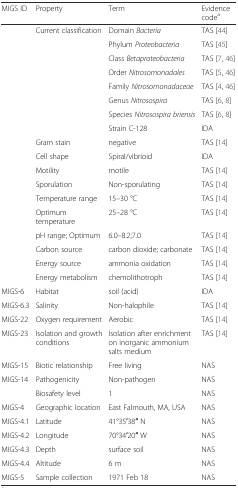
<table><thead><tr><td><b>MIGS ID</b></td><td><b>Property</b></td><td><b>Term</b></td><td><b>Evidence code<sup>a</sup></b></td></tr></thead><tbody><tr><td></td><td rowspan="8">Current classification</td><td>Domain <i>Bacteria</i></td><td>TAS [44]</td></tr><tr><td></td><td>Phylum <i>Proteobacteria</i></td><td>TAS [45]</td></tr><tr><td></td><td>Class <i>Betaproteobacteria</i></td><td>TAS [7, 46]</td></tr><tr><td></td><td>Order <i>Nitrosomonadales</i></td><td>TAS [5, 46]</td></tr><tr><td></td><td>Family <i>Nitrosomonadaceae</i></td><td>TAS [4, 46]</td></tr><tr><td></td><td>Genus <i>Nitrosospira</i></td><td>TAS [6, 8]</td></tr><tr><td></td><td>Species <i>Nitrosospira briensis</i></td><td>TAS [6, 8]</td></tr><tr><td></td><td>Strain C-128</td><td>IDA</td></tr><tr><td></td><td>Gram stain</td><td>negative</td><td>TAS [14]</td></tr><tr><td></td><td>Cell shape</td><td>Spiral/vibrioid</td><td>IDA</td></tr><tr><td></td><td>Motility</td><td>motile</td><td>TAS [14]</td></tr><tr><td></td><td>Sporulation</td><td>Non-sporulating</td><td>TAS [14]</td></tr><tr><td></td><td>Temperature range</td><td>15–30 °C</td><td>TAS [14]</td></tr><tr><td></td><td>Optimum temperature</td><td>25–28 °C</td><td>TAS [14]</td></tr><tr><td></td><td>pH range; Optimum</td><td>6.0–8.2;7.0</td><td>TAS [14]</td></tr><tr><td></td><td>Carbon source</td><td>carbon dioxide; carbonate</td><td>TAS [14]</td></tr><tr><td></td><td>Energy source</td><td>ammonia oxidation</td><td>TAS [14]</td></tr><tr><td></td><td>Energy metabolism</td><td>chemolithotroph</td><td>TAS [14]</td></tr><tr><td>MIGS-6</td><td>Habitat</td><td>soil (acid)</td><td>IDA</td></tr><tr><td>MIGS-6.3</td><td>Salinity</td><td>Non-halophile</td><td>TAS [14]</td></tr><tr><td>MIGS-22</td><td>Oxygen requirement</td><td>Aerobic</td><td>TAS [14]</td></tr><tr><td>MIGS-23</td><td>Isolation and growth conditions</td><td>Isolation after enrichment on inorganic ammonium salts medium</td><td>TAS [14]</td></tr><tr><td>MIGS-15</td><td>Biotic relationship</td><td>Free living</td><td>NAS</td></tr><tr><td>MIGS-14</td><td>Pathogenicity</td><td>Non-pathogen</td><td>NAS</td></tr><tr><td></td><td>Biosafety level</td><td>1</td><td>NAS</td></tr><tr><td>MIGS-4</td><td>Geographic location</td><td>East Falmouth, MA, USA</td><td>NAS</td></tr><tr><td>MIGS-4.1</td><td>Latitude</td><td>41°35′38′′ N</td><td>NAS</td></tr><tr><td>MIGS-4.2</td><td>Longitude</td><td>70°34′20′′ W</td><td>NAS</td></tr><tr><td>MIGS-4.3</td><td>Depth</td><td>surface soil</td><td>NAS</td></tr><tr><td>MIGS-4.4</td><td>Altitude</td><td>6 m</td><td>NAS</td></tr><tr><td>MIGS-5</td><td>Sample collection</td><td>1971 Feb 18</td><td>NAS</td></tr></tbody></table>